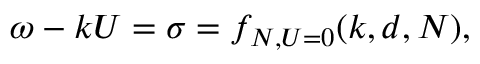
\omega - k U = \sigma = f _ { N , U = 0 } ( k , d , N ) ,